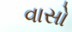
વાસો